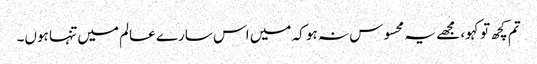
تم کچھ تو کہو، مجھے یہ محسوس نہ ہو کہ میں اس سارے عالم میں تنہا ہوں۔